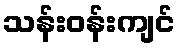
သန်းဝန်းကျင်